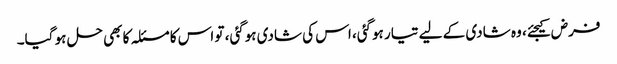
فرض کیجئے، وہ شادی کے لیے تیار ہوگئی، اس کی شادی ہوگئی، تو اس کا مسئلہ کا بھی حل ہو گیا۔